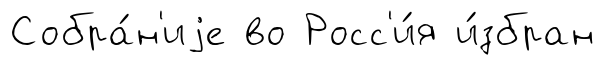
Собра́н'иjе во Росс'и́я и́збран